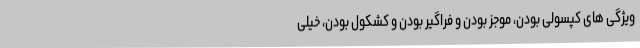
ویژگی های کپسولی بودن، موجز بودن و فراگیر بودن و کشکول بودن، خیلی